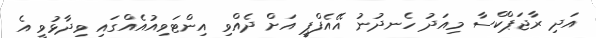
އަދި ރާޖަޕްކްސާ މިއަދު ހެނދުނު އޭއެފްޕީ އަށް ދެއްވި އިންޓަވިއުއެއްގައި ވިދާޅުވީ އެ